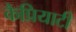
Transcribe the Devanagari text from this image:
कैप्रियाटी